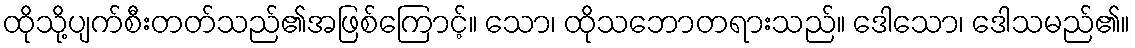
ထိုသို့ပျက်စီးတတ်သည်၏အဖြစ်ကြောင့်။ သော၊ ထိုသဘောတရားသည်။ ဒေါသော၊ ဒေါသမည်၏။